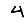
Digit: 4